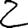
Digit: 2